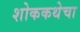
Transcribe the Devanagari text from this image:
शोककथेचा